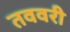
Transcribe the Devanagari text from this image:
तववरी